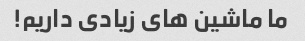
ما ماشین های زیادی داریم!